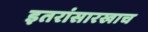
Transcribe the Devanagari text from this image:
इतरांसारखाच